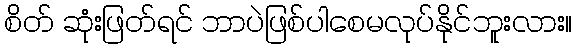
စိတ် ဆုံးဖြတ်ရင် ဘာပဲဖြစ်ပါစေမလုပ်နိုင်ဘူးလား။